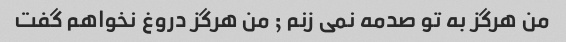
من هرگز به تو صدمه نمی زنم ; من هرگز دروغ نخواهم گفت